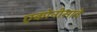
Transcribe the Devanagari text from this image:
एकोनीसावे